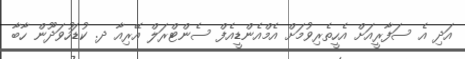
އަދި އެ ސަފާރީއަށް އެހީތެރިވުމަށް އެމްއެންޑީއެފް ސެންޓްރަލް އޭރިއާ ދ. ކުޑަހުވަދޫން ހާބާ